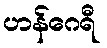
ဟန်ဂေရီ